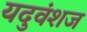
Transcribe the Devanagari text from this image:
यदुवंशज